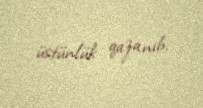
üstünlük qazanıb.